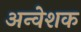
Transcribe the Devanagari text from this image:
अन्वेशक